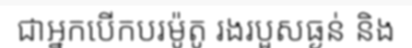
ជាអ្នកបើកបរម៉ូតូ រងរបួសធ្ងន់ និង